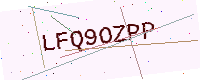
Text: LFQ9OZPP